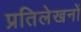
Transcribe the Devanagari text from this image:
प्रतिलेखनों